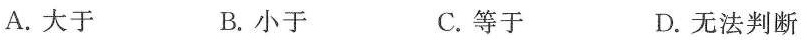
A.大于 B.小于 C.等于 D.无法判断